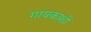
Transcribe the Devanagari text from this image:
गायकाशी